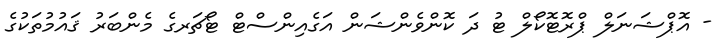
- އޮޕްޝަނަލް ޕްރޮޓޮކޯލް ޓު ދަ ކޮންވެންޝަން އަގެއިންސްޓް ޓޯޗަރގެ މެންބަރު ޤައުމުތަކުގެ